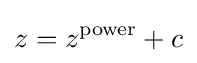
z=z^{\text{power}}+c